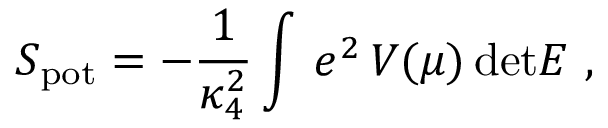
S _ { \mathrm { p o t } } = - { \frac { 1 } { \kappa _ { 4 } ^ { 2 } } } \int \, e ^ { 2 } \, V ( \mu ) \, \mathrm { d e t } E ~ ,